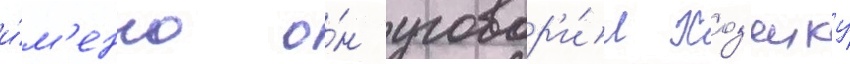
и́м'енно о́н уговор'и́л хоз'яику